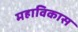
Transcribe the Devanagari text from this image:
महाविकास